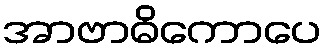
အာဗာဓိကောပေ